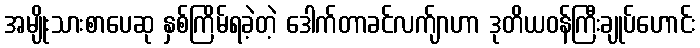
အမျိုးသားစာပေဆု နှစ်ကြိမ်ရခဲ့တဲ့ ဒေါက်တာခင်လက်ျာဟာ ဒုတိယဝန်ကြီးချုပ်ဟောင်း